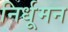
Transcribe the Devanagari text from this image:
निर्धूमन